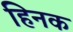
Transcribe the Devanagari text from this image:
हिनक